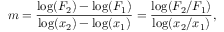
m = { \frac { \mathrm { l o g } ( F _ { 2 } ) - \mathrm { l o g } ( F _ { 1 } ) } { \log ( x _ { 2 } ) - \log ( x _ { 1 } ) } } = { \frac { \log ( F _ { 2 } / F _ { 1 } ) } { \log ( x _ { 2 } / x _ { 1 } ) } } ,